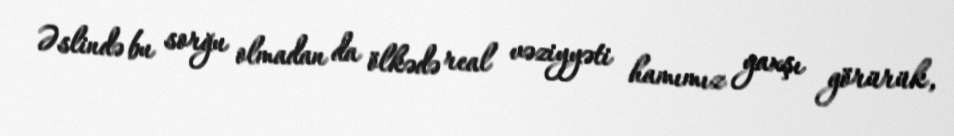
Əslində bu sorğu olmadan da ölkədə real vəziyyəti hamımız yaxşı görürük,